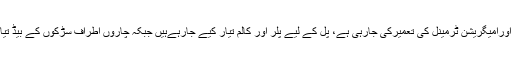
دریائے راوی پر پل اورامیگریشن ٹرمینل کی تعمیرکی جارہی ہے، پل کے لیے پلر اور کالم تیار کیے جارہےہیں جبکہ چاروں اطراف سڑکوں کے بیڈ تیار کر دیئے گئے ہیں۔